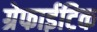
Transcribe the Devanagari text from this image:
ग्रेफाईटिक